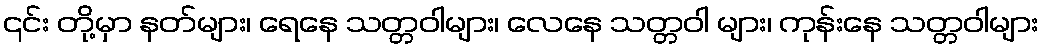
၎င်း တို့မှာ နတ်များ၊ ရေနေ သတ္တဝါများ၊ လေနေ သတ္တဝါ များ၊ ကုန်းနေ သတ္တဝါများ